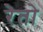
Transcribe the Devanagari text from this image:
रेतो